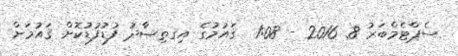
ސެޕްޓެމްބަރު 8